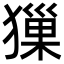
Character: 㺐